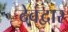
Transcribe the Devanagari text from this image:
देवद्वार